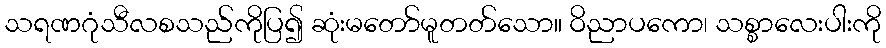
သရဏဂုံသီလစသည်ကိုပြ၍ ဆုံးမတော်မူတတ်သော။ ဝိညာပကော၊ သစ္စာလေးပါးကို